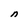
Character: n